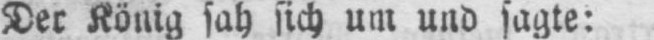
Der König sah sich um und sagte: